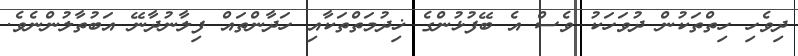
ދިވެހި ހިތްތަކުން ދުވަހަކު ވެސް އެ ބޭފުޅުންގެ ޚިދުމަތްތަކާއި ހަދާންތައް ފިލާނުދާނޭ އަބުތާލުންނެވެ.